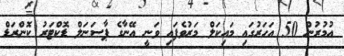
އުމުރުން 50 އަހަރުގައި މައިކަލް މަރުވެފައި ވަނީ އޭނާގެ ޕާސަނަލް ޑޮކްޓަރު ކޮންރަޑް